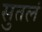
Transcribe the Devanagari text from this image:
सुतलं